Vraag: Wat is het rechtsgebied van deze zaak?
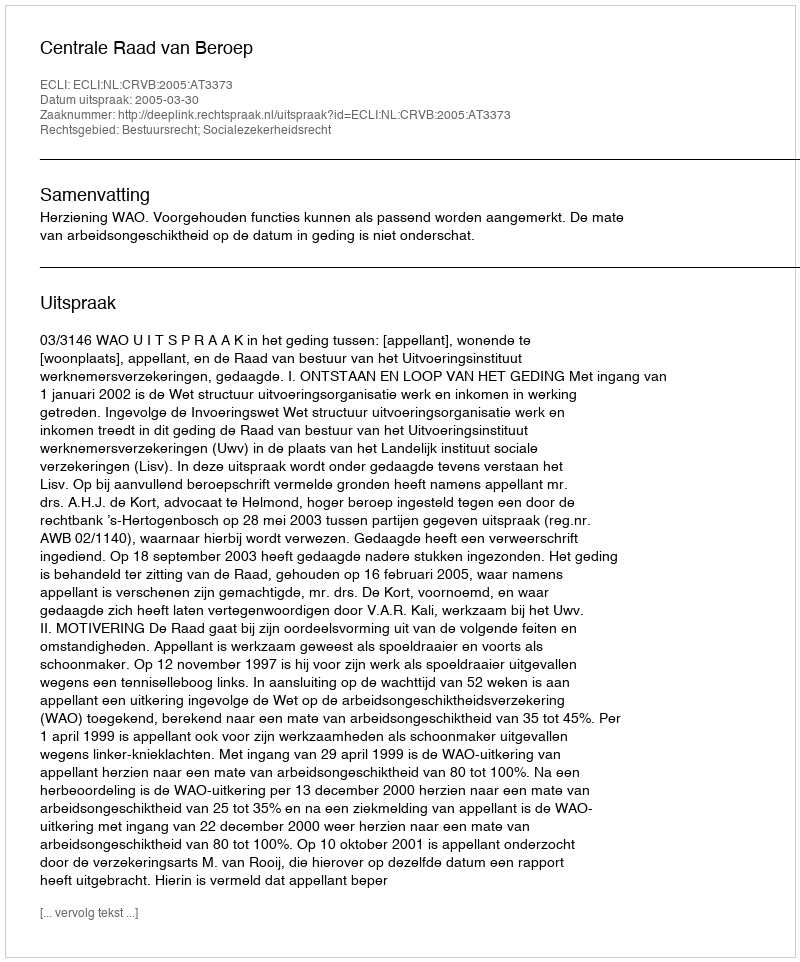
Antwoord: Bestuursrecht; Socialezekerheidsrecht